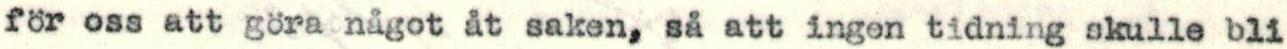
för oss att göra något åt saken, så att ingen tidning skulle bli